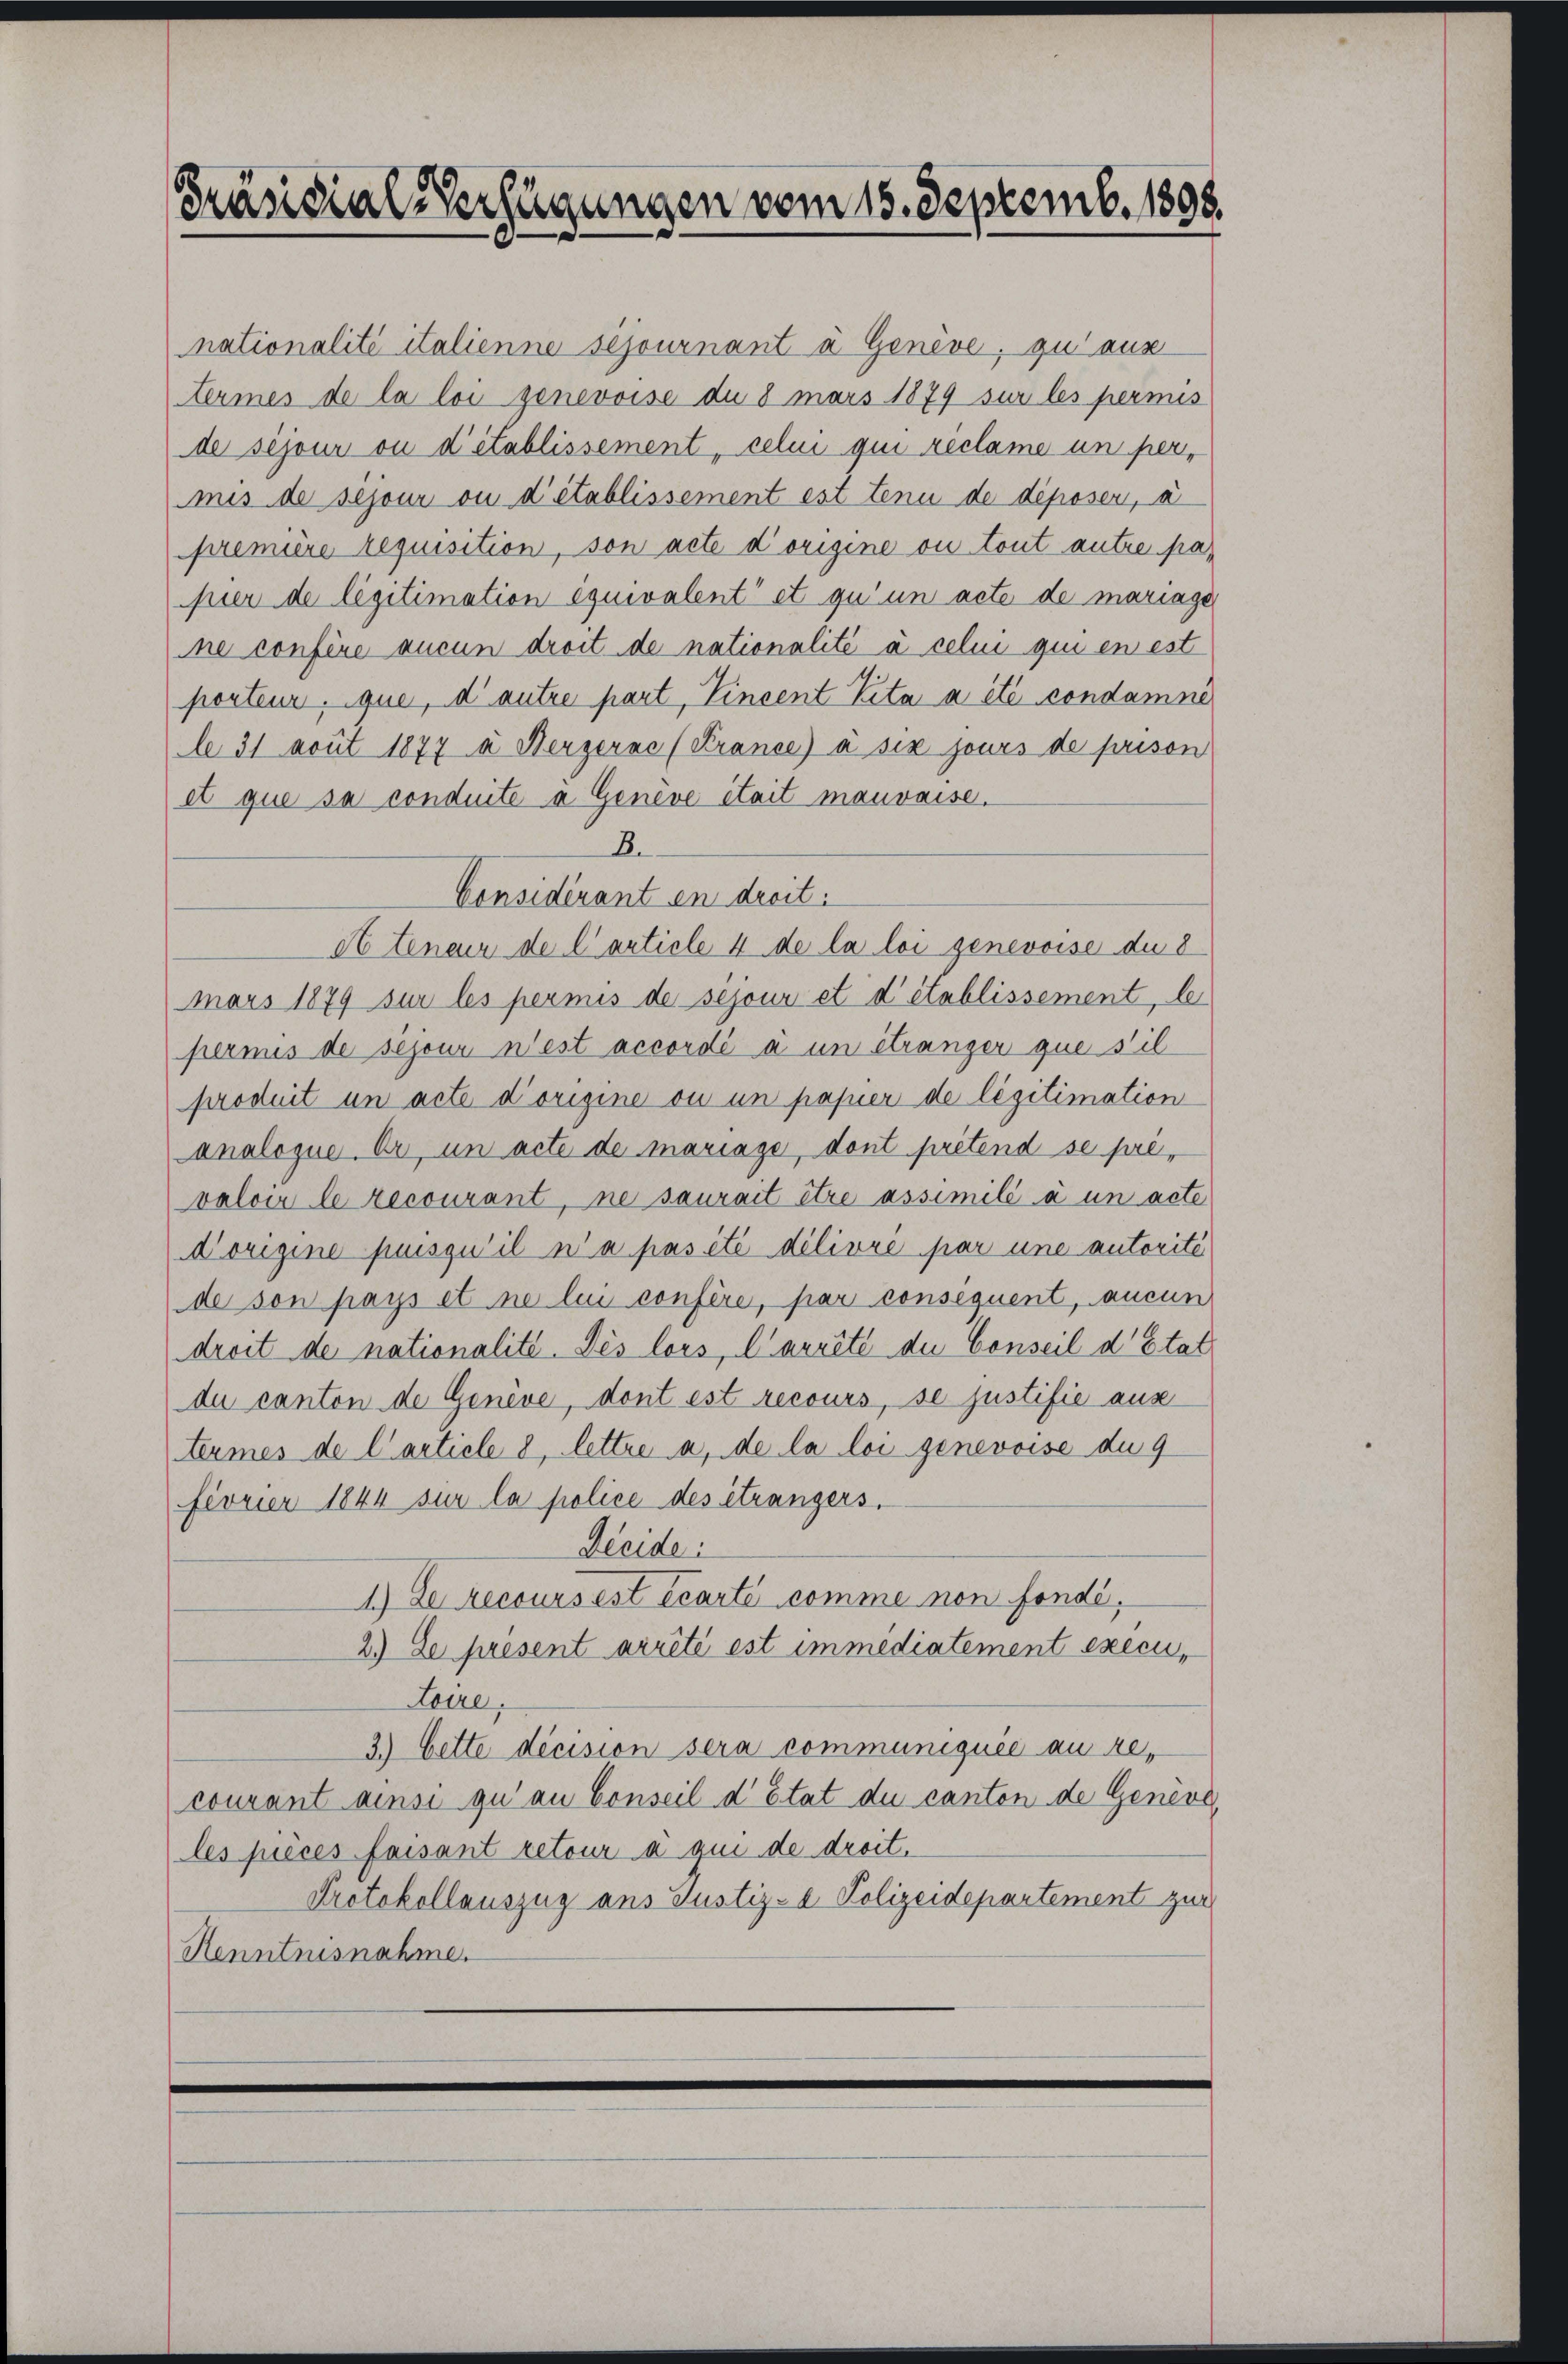
Präsidial-Verfügungen vom 15. Septemb. 1898.

nationalité italienne séjournant à Genève, gut aus
termes de la loi genevoise du 8 mars 1879 sur les permis
de séjour ou d’établissement, celui qui réclame un permis de séjour ou d’établissement est tenu de déposer, a
premiere requisition, son acte d’origine ou tout autre pa
pier de légitimation équivalent et qu’un acte de mariage
ne confère aucun droit de nationalité à celui qui en est
porteur, que, d’autre part, Vincent Kita a été condamne
l 31 avut 1877 à Bergerae (Krance) à six jours de prison
et que sa conduite a Genève était mauvaise.
B.
Considérant en dreit.
6 teneur de l’article 4 de la loi genevoise du 8
mars 1879 sur les permis de sejour et d’établissement, lei
permis de sejour n’est accordé à un étranger que sil
produit un acte d’origine ou un papier de légitimation
analogue. Er, un acte de mariage, dont prétend se prevaloir le recourant, ne saurait être assimilé à un acte
Dorigine puisqu’il n’a pas été délivré par une autorité
de son pays et ne lui confère, par consequent, aucun
droit de nationalité. Des lors, Carrêté du Conseil d’Etat
du canton de Genève, dont est recours, se justifie aus
termes de l’article 8, lettre a, de la loi genevoise du 9
fivrier 1844 sur la police des étrangers.
Kleide:
1.) Der recoursest écarte comme non fondé,
2) Le présent arrêté est immediatement execu¬
Loire,
3.) Bette décision sera communiquée au recourant ainsi qui au Conseil d’Etat du canton de Genève,
les pièces faisant retour à qui de droit.
Protokollauszug aus Justiz- & Polizeidepartement zur
Henntnisnahme.